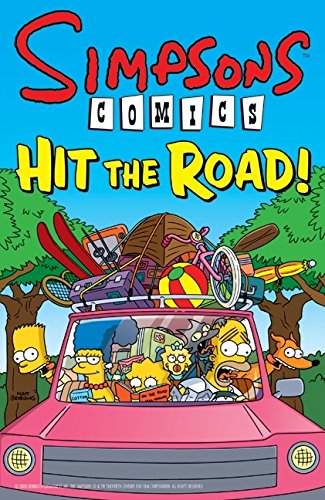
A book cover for Simpsons Comics Hit the Road! (Simpsons Comic Compilations); Matt Groening; Teen & Young Adult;